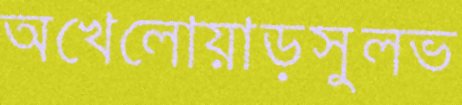
অখেলোয়াড়সুলভ